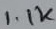
Text: 1.1K